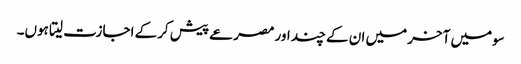
سومیں آخر میں ان کے چند اور مصرعے پیش کرکے اجازت لیتا ہوں۔